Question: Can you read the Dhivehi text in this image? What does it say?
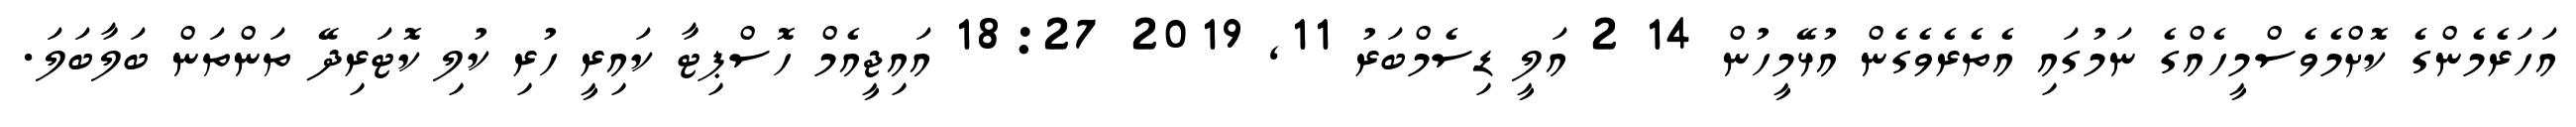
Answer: އަހަރެމެންގެ ކޮށްމެވެސްމީހެއްގެ ނަމުގައި އެތެރެވެގެން އުޅޭމީހުން 14 2 އަލީ ޑިސެމްބަރު 11, 2019 18:27 އައިޖީއެމް ހޮސްޕިޓާ ކައިރީ ހުރި ކުލި ކޮޓަރިދޭ ތަންތަން ބަލާބަލަ.